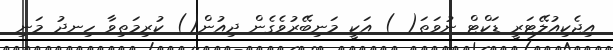
އިޖެކިއުލޭޓަރީ ޑަކްޓް ނުވަތަ( ) އަކީ މަނިބޭރުވެގެން ދިއުން() ކުރިމަތިވާ ހިނދު މަނި